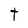
Character: t